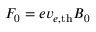
F _ { 0 } = e v _ { e , \mathrm { { t h } } } B _ { 0 }